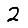
Digit: 2